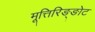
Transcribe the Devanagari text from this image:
मूत्तिरिङ्ङोट